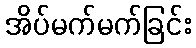
အိပ်မက်မက်ခြင်း